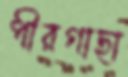
পীরগাছা